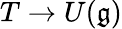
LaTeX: T\to U({\mathfrak{g}})